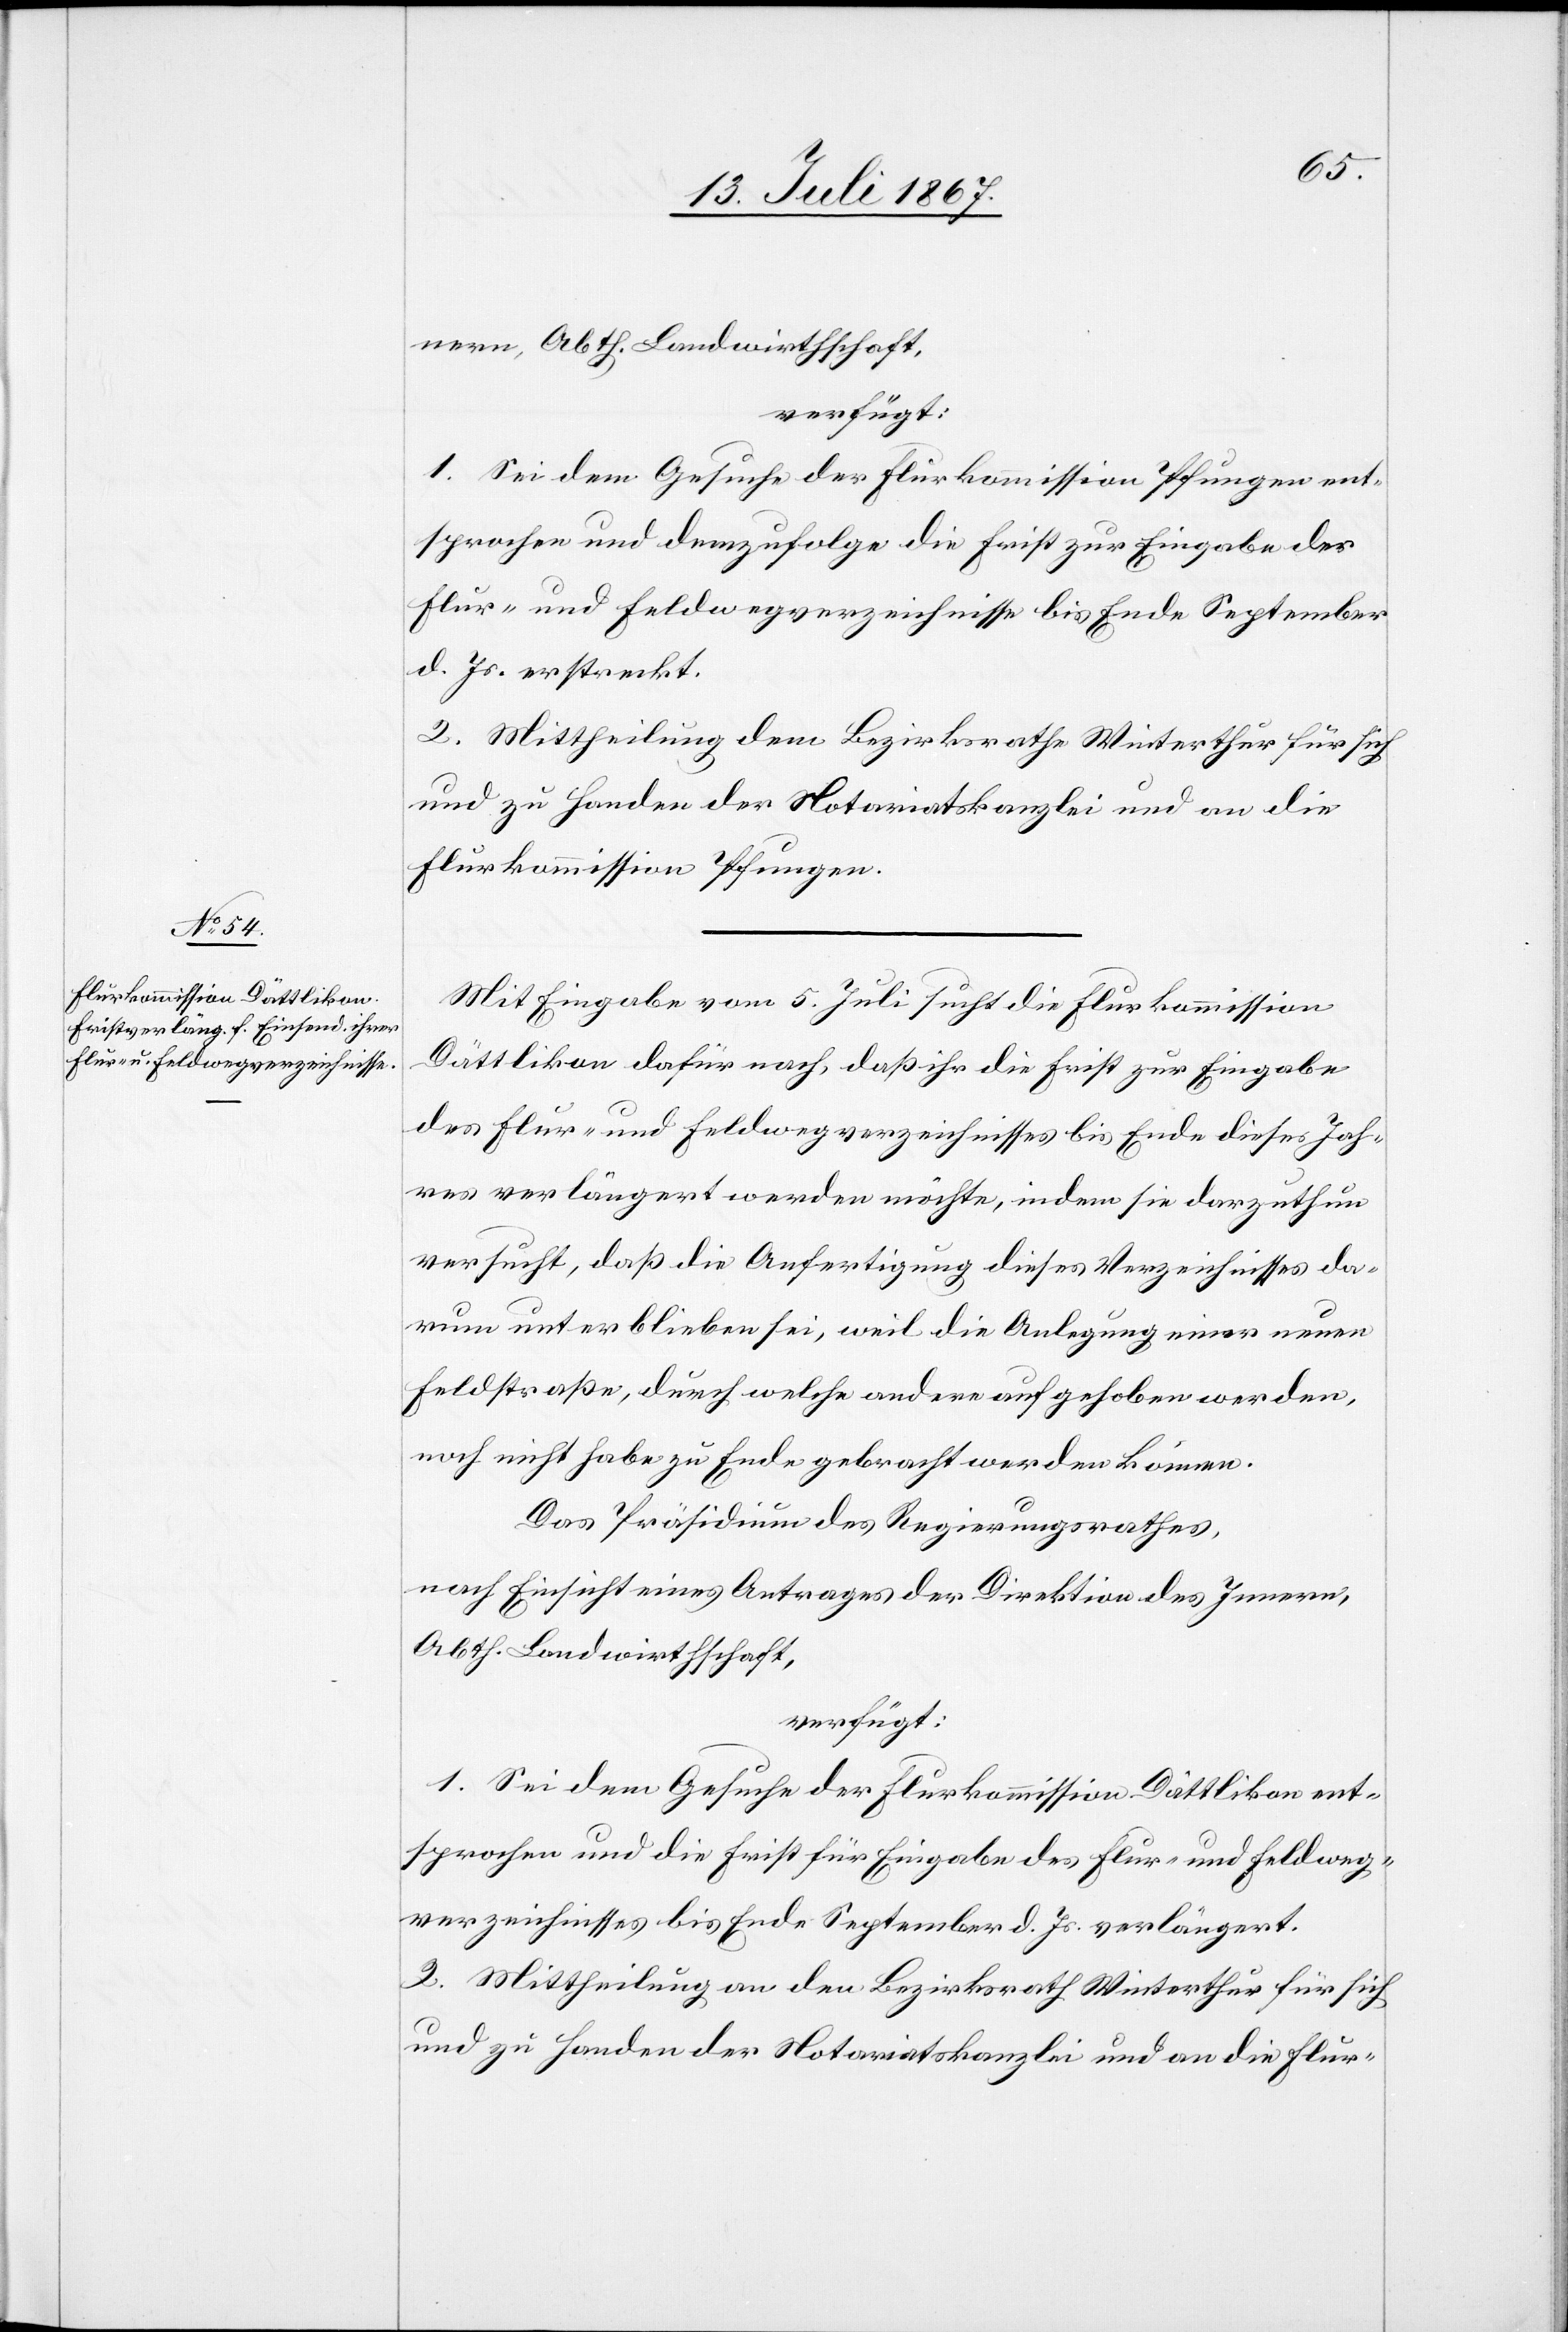
19. Juli 1867.]
nern, Abth. Landwirthschaft,
verfügt:
1. Sei dem Gesuche der Flurkommission Pfungen ent¬
sprochen und demzufolge die Frist zur Eingabe der
Flur- und Feldwegverzeichnisse bis Ende September
d. Js. erstreckt.
2. Mittheilung dem Bezirksrathe Winterthur für sich
und zu Handen der Notariatskanzlei und an die
Flurkommission Pfungen.
Mit Eingabe vom 5. Juli sucht die Flurkommission
Dättlikon dafür nach, daß ihr die Frist zur Eingabe
des Flur- und Feldwegverzeichnisses bis Ende dieses Jah¬
res verlängert werden möchte, indem sie darzuthun
versucht, daß die Anfertigung dieses Verzeichnisses da¬
rum unterblieben sei, weil die Anlegung einer neuen
Feldstraße, durch welche andere aufgehoben werde,
noch nicht habe zu Ende gebracht werden können.
Das Präsidium des Regierungsrathes,
nach Einsicht eines Antrages der Direktion des Innern,
Abth. Landwirthschaft,
verfügt:
1. Sei dem Gesuch der Flurkommission Dättlikon ent¬
sprochen und die Frist für Eingabe des Flur- und Feldweg¬
verzeichnisses bis Ende September d. Js. verlängert.
2. Mittheilung an den Bezirksrath Winterthur für sich
und zu Handen der Notariatskanzlei und an die Flur-